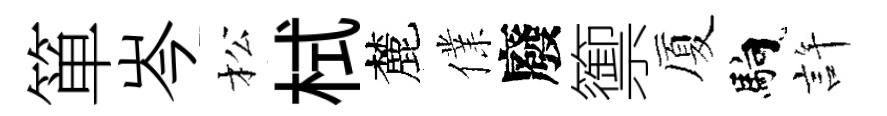
箪岑松栻麓㒒廢籞厦馿許